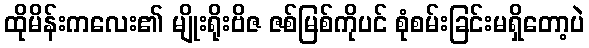
ထိုမိန်းကလေး၏ မျိုးရိုးဗိဇ ဇစ်မြစ်ကိုပင် စုံစမ်းခြင်းမရှိတော့ပဲ